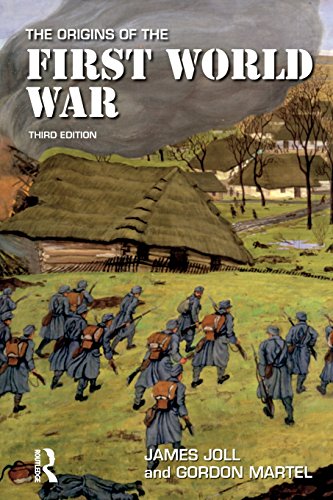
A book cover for The Origins of the First World War; James Joll; History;